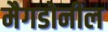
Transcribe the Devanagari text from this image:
मैगडोनील